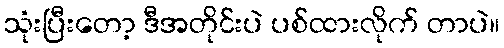
သုံးပြီးတော့ ဒီအတိုင်းပဲ ပစ်ထားလိုက် တာပဲ။